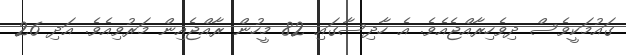
ގައުމަކީވެސް ދިވެހިރާއްޖެއެވެ. އެ ހާދިސާގައި 82 މީހުން ރާއްޖެއިން މަރުވިއެވެ. އަދި 26